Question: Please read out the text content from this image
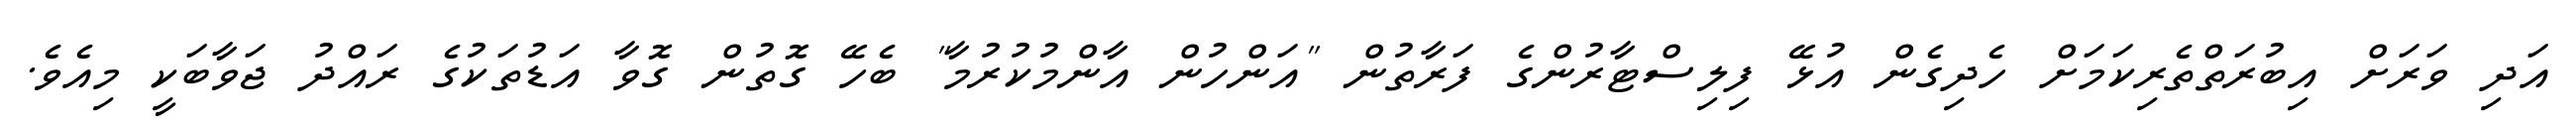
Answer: އަދި ވަރަށް އިބުރަތްތެރިކަމަށް ހެދިގެން އުޅޭ ފިލިސްޓާރުންގެ ފަރާތުން "އަންހުން އާންމުކުރުމާ" ބެހޭ ގޮތުން ގޮވާ އަޑުތަކުގެ ރައްދު ޖަވާބަކީ މިއެވެ.